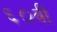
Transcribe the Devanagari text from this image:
६०वी